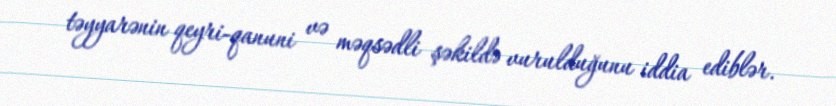
təyyarənin qeyri-qanuni və məqsədli şəkildə vurulduğunu iddia ediblər.